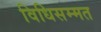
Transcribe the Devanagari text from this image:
विधिसम्‍मत